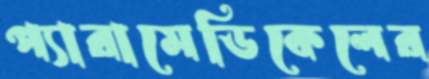
প্যারামেডিকেলের